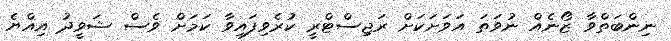
ނިންބަތްވާ ޒޯނެއް ނުވަތަ އަވަށަކަށް ރަޖިސްޓްރީ ކުރެވިފައިވާ ކަމަށް ވެސް ޝަވީދު އިއްޔެ